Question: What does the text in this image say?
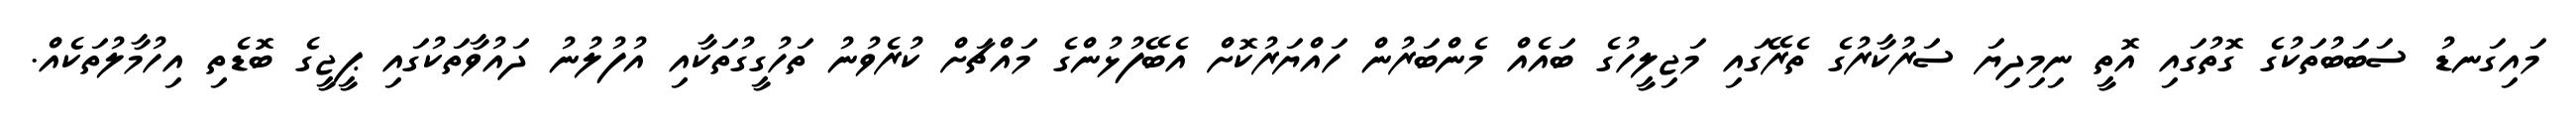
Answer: މައިގަނޑު ސަބަބުތަކުގެ ގޮތުގައި އޮތީ ނިމިދިޔަ ސަރުކާރުގެ ތެރޭގައި މަޖިލީހުގެ ބައެއް މެންބަރުން ހައްޔަރުކޮށް އެބޭފުޅުންގެ މައްޗަށް ކުރެވުނު ތަހުގީގުތަކާއި އުފުލުނު ދައުވާތަކުގައި ޕީޖީގެ ބޮޑެތި އިހުމާލުތަކެއް.